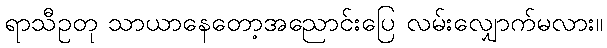
ရာသီဥတု သာယာနေတော့အညောင်းပြေ လမ်းလျှောက်မလား။